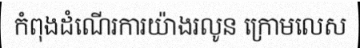
កំពុងដំណើរការយ៉ាងរលូន ក្រោមលេស